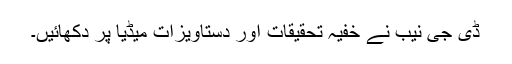
ڈی جی نیب نے خفیہ تحقیقات اور دستاویزات میڈیا پر دکھائیں۔